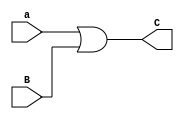
`timescale 1ns/1ns 

module orgate(
    input a,B,
    output C
);
    assign C = a|B;
endmodule


module tb;

    reg a, B;
    wire C;
    orgate ans(a, B, C);

    initial begin
        a = 1;
        B = 1;
        #2;
        $display("a = %b, B = %b, C = %b", a, B, C);
        #10;
        a = 0;
        B = 1;
        #2;
        $display("a = %b, B = %b, C = %b", a, B, C);
        #10;
        a=1;
        B=0;
        #2;
        $display("a = %b, B = %b, C = %b", a, B, C);
        #10;
        a = 0;
        B = 0;
        #2;
        $display("a = %b, B = %b, C = %b", a, B, C);
    end
endmodule